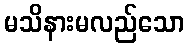
မသိနားမလည်သော